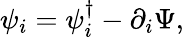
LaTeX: {\psi}_{i}={\psi}_{i}^{\dagger}-\partial_{i}\Psi,